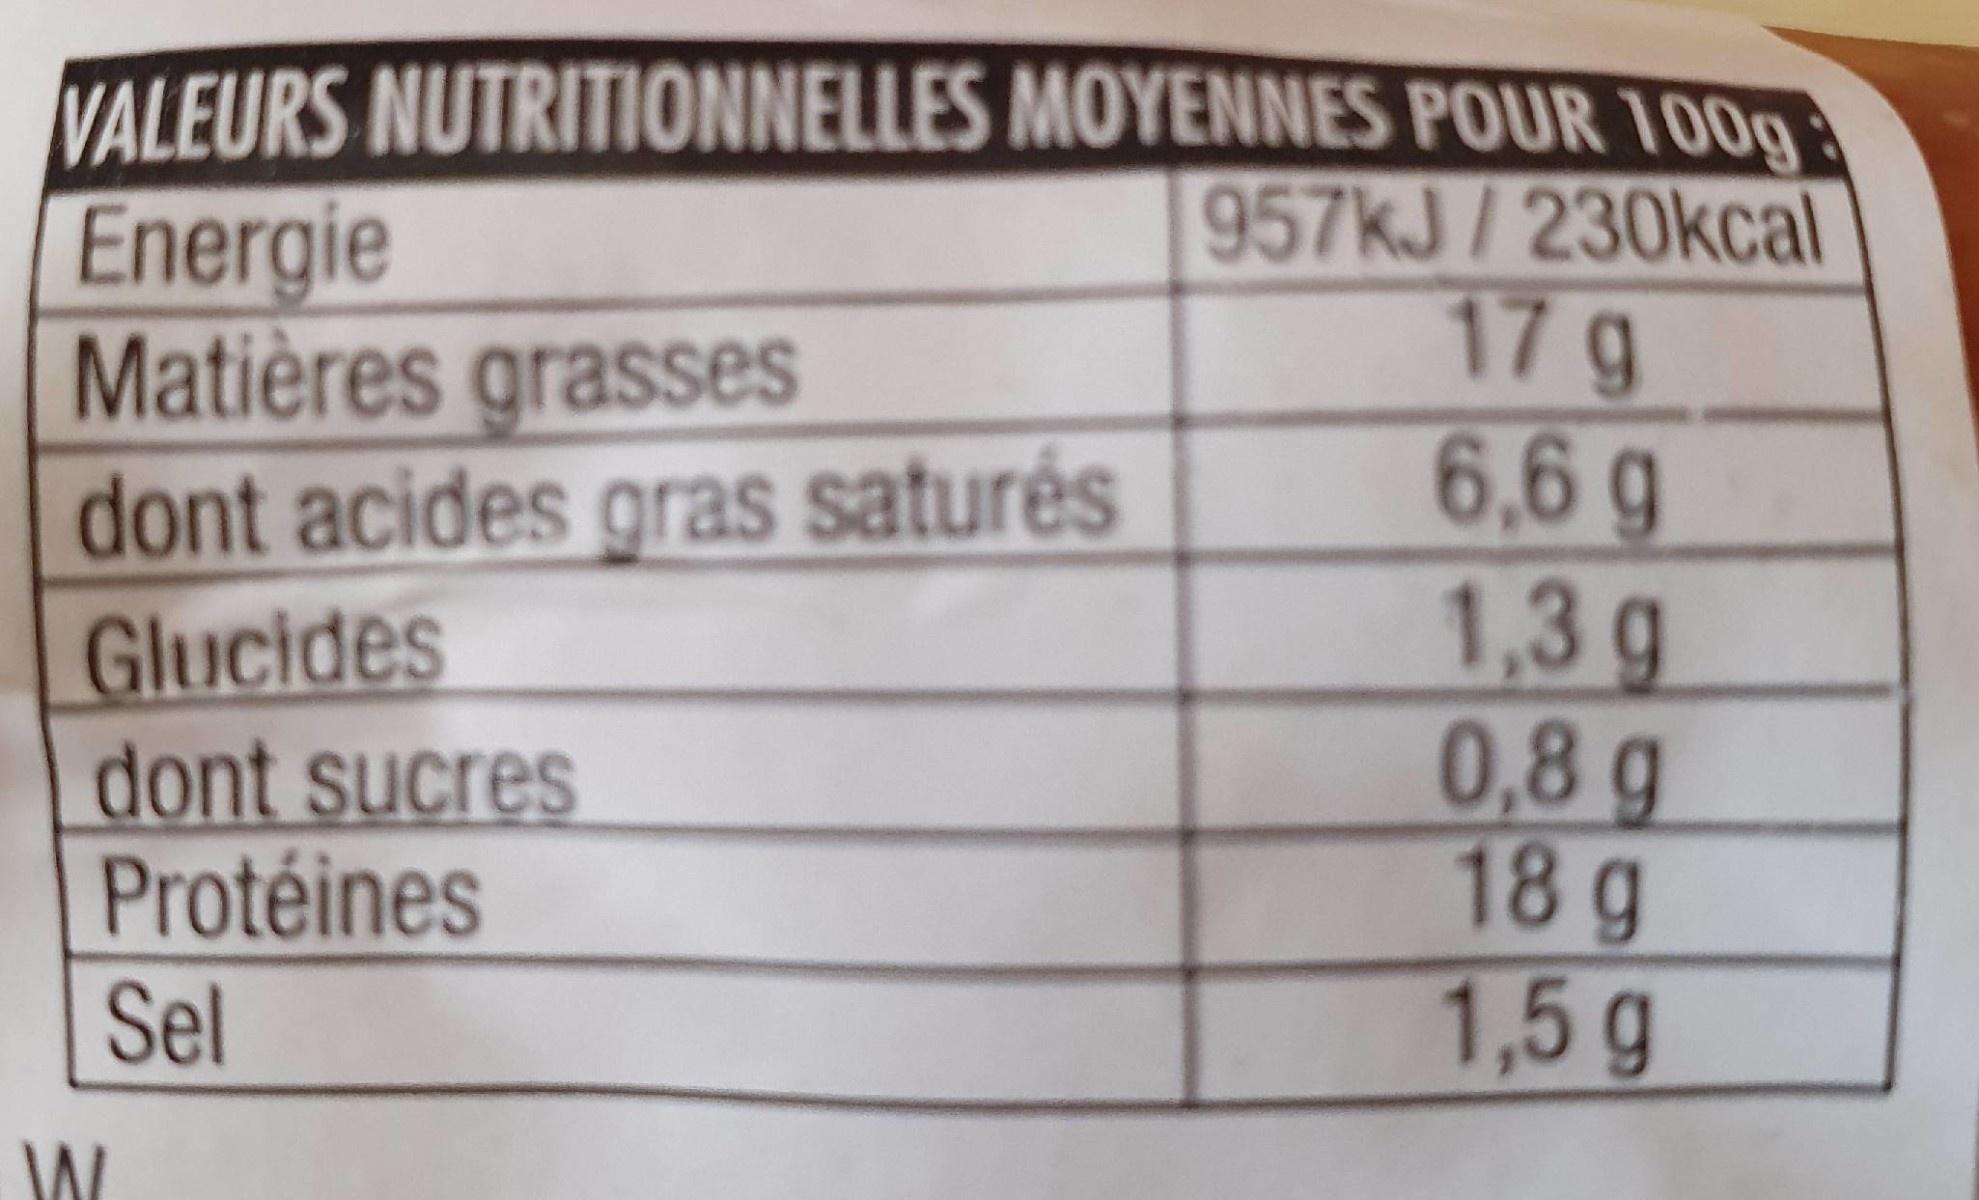
VALEURS NUTRITIONNELLES MOYENNES POUR 100g 957kJ/230kcal 17g 6,6g
Energie Matières grasses dont acides gras saturés
Glucides dont sucres Protéines Sel
1,3g 0,8g 18g 1,5g
W